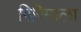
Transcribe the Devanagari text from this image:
गिरिमाला